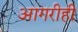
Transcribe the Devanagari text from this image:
आगरीही